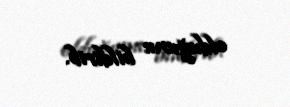
olduğunu bildirib.